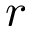
r